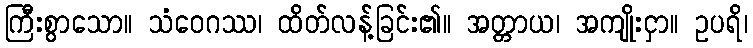
ကြီးစွာသော။ သံဝေဂဿ၊ ထိတ်လန့်ခြင်း၏။ အတ္တာယ၊ အကျိုးငှာ။ ဥပရိ၊